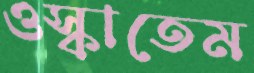
ওস্‌কাতেম